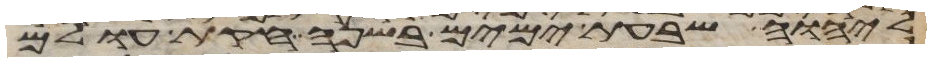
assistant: ליהוה שבעת ימים בשנה חקות עולם